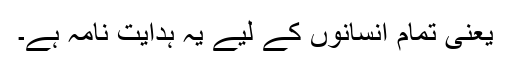
یعنی تمام انسانوں کے لیے یہ ہدایت نامہ ہے۔